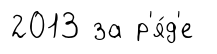
2013 за р'я́д'е